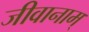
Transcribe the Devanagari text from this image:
जीवानाम्‌